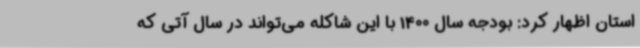
استان اظهار کرد: بودجه سال 1400 با این شاکله می‌تواند در سال آتی که